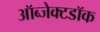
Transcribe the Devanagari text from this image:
ऑब्जेक्टडॉक